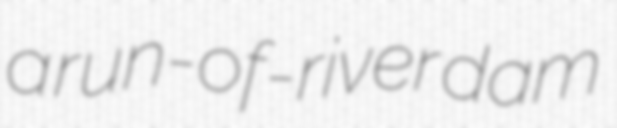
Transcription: a run-of-river dam